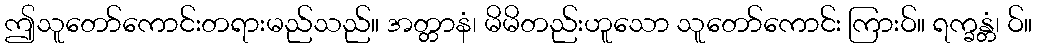
ဤသူတော်ကောင်းတရားမည်သည်။ အတ္တာနံ၊ မိမိတည်းဟူသော သူတော်ကောင်း ကြားဝ်။ ရက္ခန္တံ၊ ဝ်။